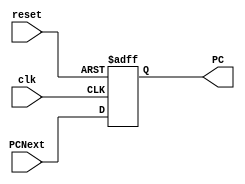
module PC (	
		input wire 	   clk,reset,
		input wire [31:0]  PCNext,
		output wire [31:0] PC );
   
   reg [31:0] 			   PCReg;

   always@(posedge clk or posedge reset)
     begin
	if (reset) PCReg <= 0;
	else PCReg <= PCNext;
     end	

   assign PC = PCReg;

endmodule